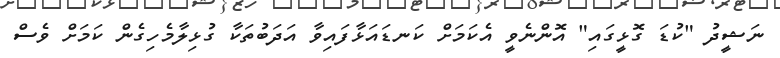
ނަޝީދު "ކުޑަ ގޮޅީގައި" އޮންނެވީ އެކަމަށް ކަނޑައަޅާފައިވާ އަދަބުތަކާ ގުޅިލާމެހިގެން ކަމަށް ވެސް